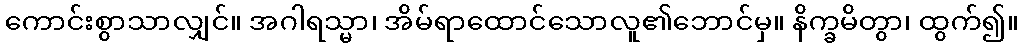
ကောင်းစွာသာလျှင်။ အဂါရသ္မာ၊ အိမ်ရာထောင်သောလူ၏ဘောင်မှ။ နိက္ခမိတွာ၊ ထွက်၍။